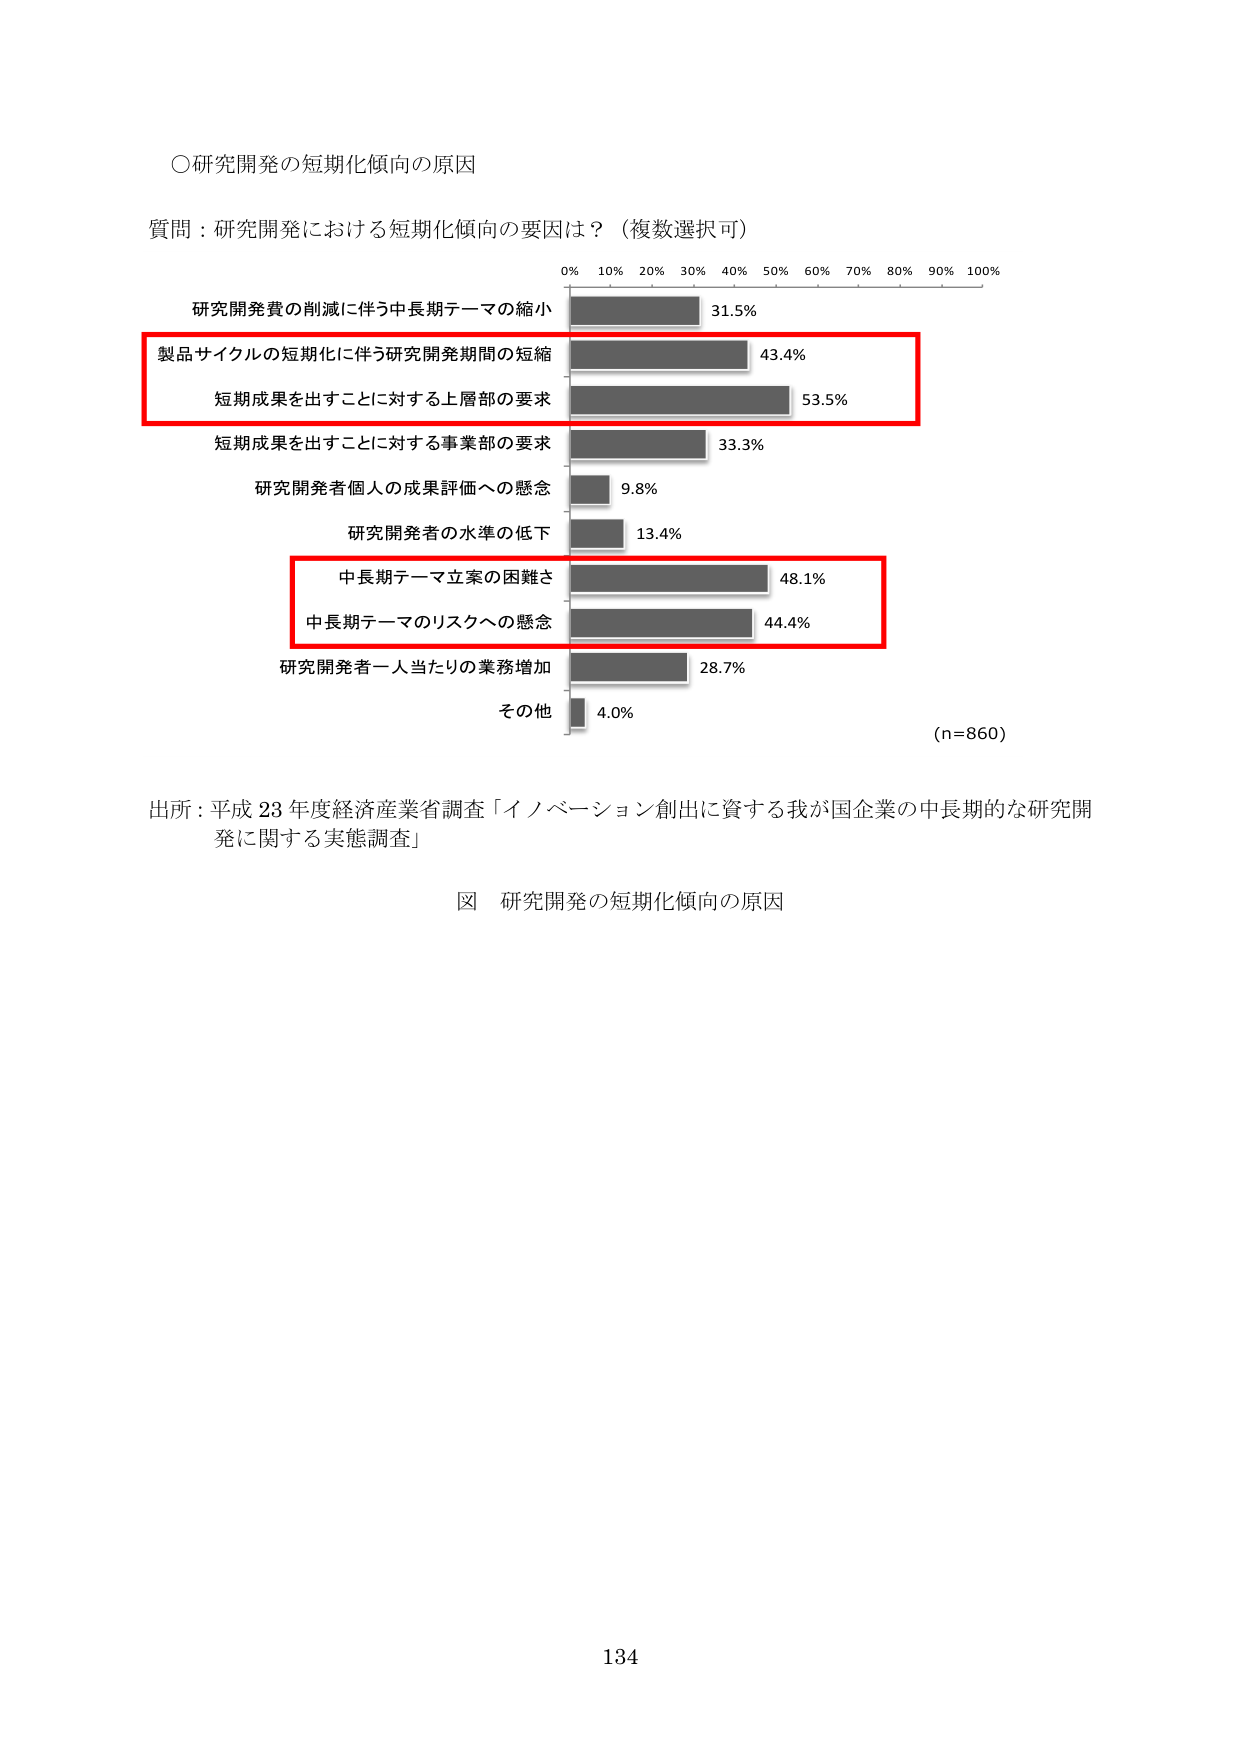
○研究開発の短期化傾向の原因

質問：研究開発における短期化傾向の要因は？（複数選択可）

0% 10% 20% 30% 40% 50% 60% 70% 80% 90% 100%

研究開発費の削減に伴う中長期テーマの縮小 31.5%

製品サイクルの短期化に伴う研究開発期間の短縮 43.4%

短期成果を出すことに対する上層部の要求 53.5%

短期成果を出すことに対する事業部の要求 33.3%

研究開発者個人の成果評価への懸念 9.8%

研究開発者の水準の低下 13.4%

中長期テーマ立案の困難さ 48.1%

中長期テーマのリスクへの懸念 44.4%

研究開発者一人当たりの業務増加 28.7%

その他 4.0%

(n=860)

出所：平成23年度経済産業省調査「イノベーション創出に資する我が国企業の中長期的な研究開発に関する実態調査」

図 研究開発の短期化傾向の原因

134